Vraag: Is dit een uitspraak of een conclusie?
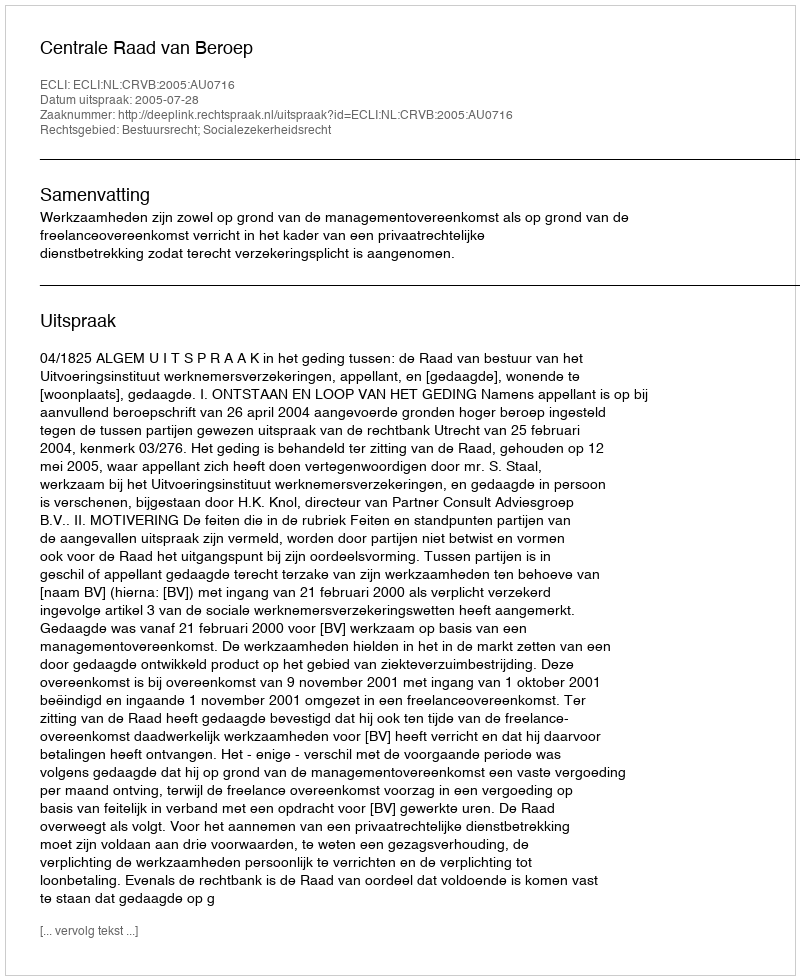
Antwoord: Uitspraak